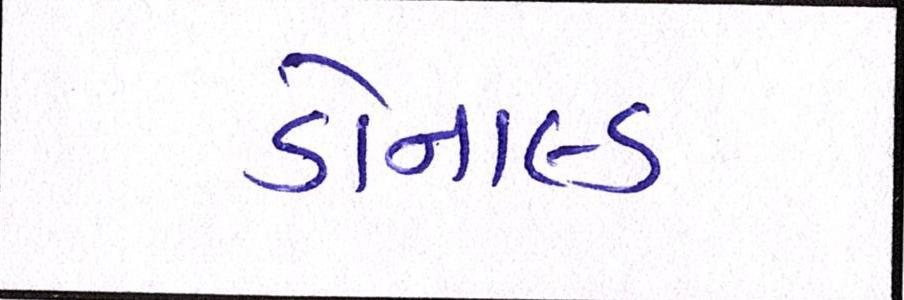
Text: ડોનાલ્ડ